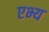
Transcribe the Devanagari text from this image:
एभ्य